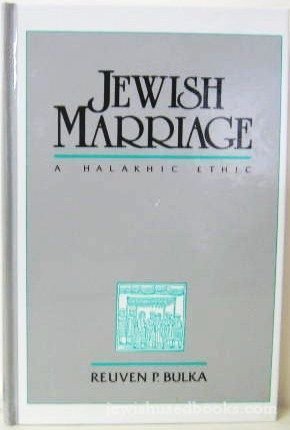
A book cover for Jewish Marriage: A Halakhic Ethic; Reuven P. Bulka; Religion & Spirituality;